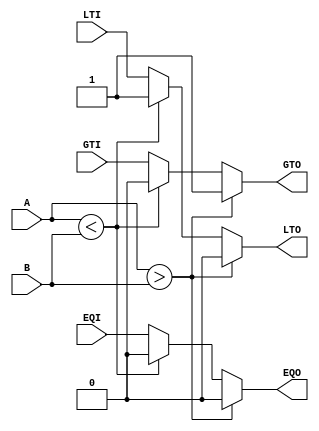
module Problem4(
    input A,
    input B,
    input GTI,
    input LTI,
    input EQI,
    output reg GTO,
    output reg LTO,
    output reg EQO
    );
    
    always @ (A or B or GTI or LTI or EQI) // sensitivity list
    begin
        if ( A > B )
            begin
            GTO = 1;
            LTO = 0;
            EQO = 0;
            end
        else if ( A < B ) // Change value to Less than
            begin
            LTO = 1;
            GTO = 0;
            EQO = 0;
            end
        else    // Stay the Same
            begin
            EQO = EQI;
            GTO = GTI;
            LTO = LTI;
            end
    end
    
    
    
endmodule